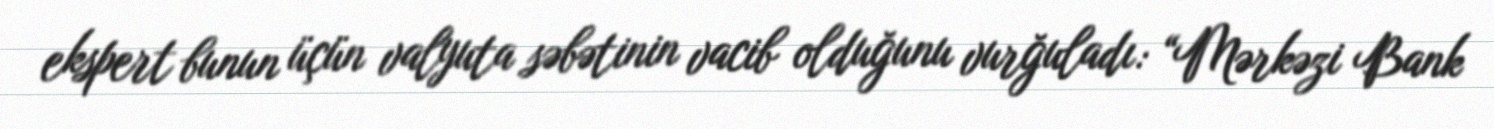
ekspert bunun üçün valyuta səbətinin vacib olduğunu vurğuladı: “Mərkəzi Bank